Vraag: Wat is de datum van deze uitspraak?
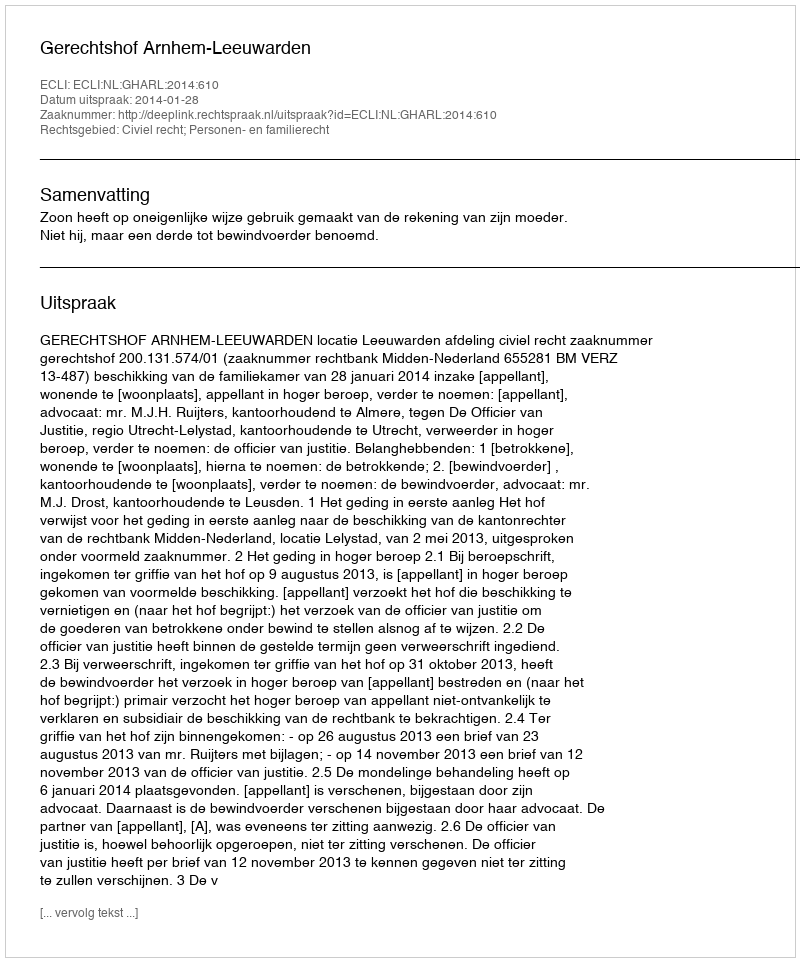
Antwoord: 2014-01-28